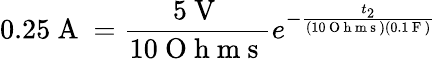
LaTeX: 0.25\mathrm{~A~}=\frac{5\mathrm{~V~}}{10\mathrm{~O~h~m~s~}}e^{-\frac{t_{2}}{(10\mathrm{~O~h~m~s~})(0.1\mathrm{~F~})}}